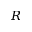
R